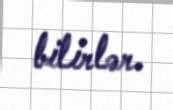
bilirlər.